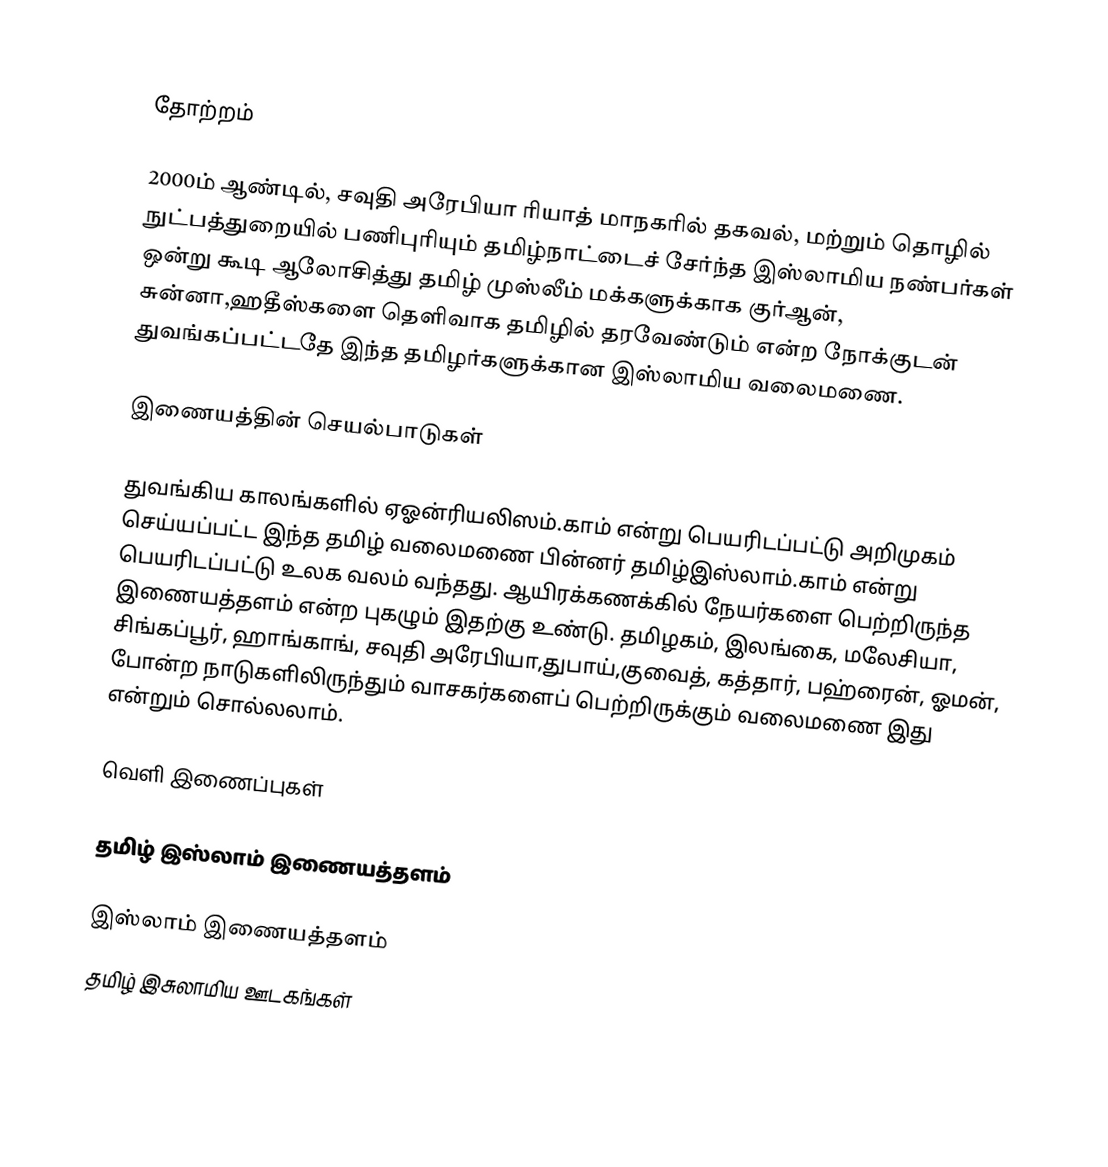

தோற்றம்

2000ம் ஆண்டில், சவுதி அரேபியா ரியாத் மாநகரில் தகவல், மற்றும் தொழில் நுட்பத்துறையில் பணிபுரியும் தமிழ்நாட்டைச் சேர்ந்த இஸ்லாமிய நண்பர்கள் ஒன்று கூடி ஆலோசித்து தமிழ் முஸ்லீம் மக்களுக்காக குர்ஆன், சுன்னா,ஹதீஸ்களை தெளிவாக தமிழில் தரவேண்டும் என்ற நோக்குடன் துவங்கப்பட்டதே இந்த தமிழர்களுக்கான இஸ்லாமிய வலைமணை.

இணையத்தின் செயல்பாடுகள்

துவங்கிய காலங்களில் ஏஓன்ரியலிஸம்.காம் என்று பெயரிடப்பட்டு அறிமுகம் செய்யப்பட்ட இந்த தமிழ் வலைமணை பின்னர் தமிழ்இஸ்லாம்.காம் என்று பெயரிடப்பட்டு உலக வலம் வந்தது. ஆயிரக்கணக்கில் நேயர்களை பெற்றிருந்த இணையத்தளம் என்ற புகழும் இதற்கு உண்டு. தமிழகம், இலங்கை, மலேசியா, சிங்கப்பூர், ஹாங்காங், சவுதி அரேபியா,துபாய்,குவைத், கத்தார், பஹ்ரைன், ஓமன், போன்ற நாடுகளிலிருந்தும் வாசகர்களைப் பெற்றிருக்கும் வலைமணை இது என்றும் சொல்லலாம்.

வெளி இணைப்புகள்

தமிழ் இஸ்லாம் இணையத்தளம்

இஸ்லாம் இணையத்தளம்
தமிழ் இசுலாமிய ஊடகங்கள்